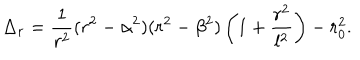
\Delta _ { r } = { \frac { 1 } { r ^ { 2 } } } ( r ^ { 2 } - \alpha ^ { 2 } ) ( r ^ { 2 } - \beta ^ { 2 } ) \left( 1 + { \frac { r ^ { 2 } } { l ^ { 2 } } } \right) - r _ { 0 } ^ { 2 } .